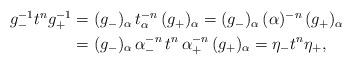
LaTeX: \begin{align*} \begin{aligned}g_-^{-1} t^n g_+^{-1}&=(g_-)_\alpha \, t^{-n}_\alpha \,(g_+)_\alpha=(g_-)_\alpha \,(\alpha)^{-n}\, (g_+)_\alpha\\ &=(g_-)_\alpha\,\alpha_-^{-n}\,t^n \,\alpha_+^{-n}\, (g_+)_\alpha = \eta_- t^n\eta_+,\end{aligned} \end{align*}